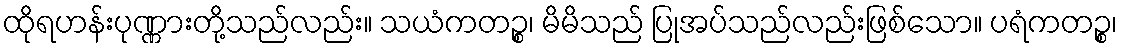
ထိုရဟန်းပုဏ္ဏားတို့သည်လည်း။ သယံကတဉ္စ၊ မိမိသည် ပြုအပ်သည်လည်းဖြစ်သော။ ပရံကတဉ္စ၊